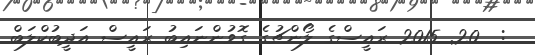
:  20